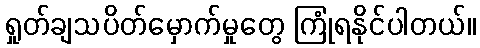
ရှုတ်ချသပိတ်မှောက်မှုတွေ ကြုံရနိုင်ပါတယ်။